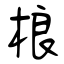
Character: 桹